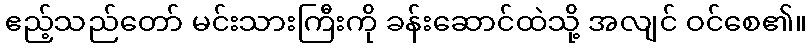
ဧည့်သည်တော် မင်းသားကြီးကို ခန်းဆောင်ထဲသို့ အလျင် ဝင်စေ၏။